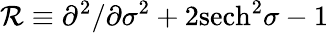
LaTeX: {\cal\mathcal{R}}\equiv\partial^{2}/\partial\sigma^{2}+2\mathrm{{sech}}^{2}\sigma-1